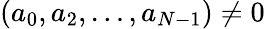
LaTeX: (a_{0},a_{2},\dots,a_{N-1})\neq 0